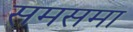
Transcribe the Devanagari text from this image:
समसमा